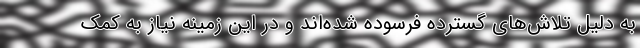
به دلیل تلاش‌های گسترده فرسوده‌ شده‌اند و در این زمینه نیاز به کمک